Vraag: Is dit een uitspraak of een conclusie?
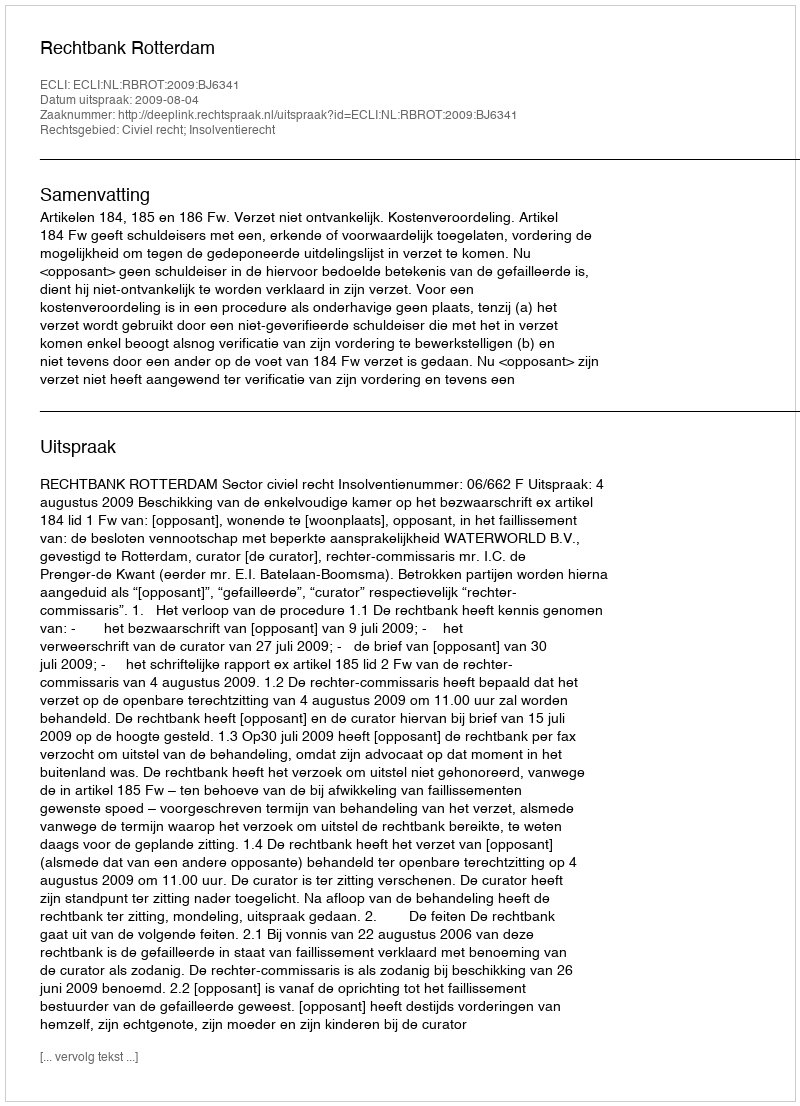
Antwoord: Uitspraak